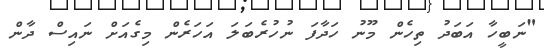
"ނަބީހާ އަބަދު ތިހެން މޫނު ހަދާފަ ނުހުރެބަލަ އަހަރެން މިގެއަށް ނައިސް ދާން